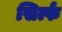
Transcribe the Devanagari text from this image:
सिर्त्फ